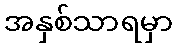
အနှစ်သာရမှာ